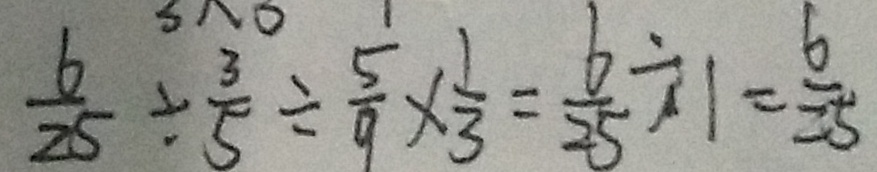
\frac { 6 } { 2 5 } \div \frac { 3 } { 5 } \div \frac { 5 } { 9 } \times \frac { 1 } { 3 } = \frac { 6 } { 2 5 } \div 1 = \frac { 6 } { 2 5 }